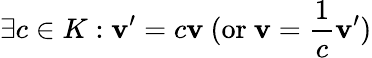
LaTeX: \exists c\in K:\mathbf{v}^{\prime}=c\mathbf{v}{\mathrm{~(or~}}\mathbf{v}={\frac{1}{c}}\mathbf{v}^{\prime}{\mathrm{)}}